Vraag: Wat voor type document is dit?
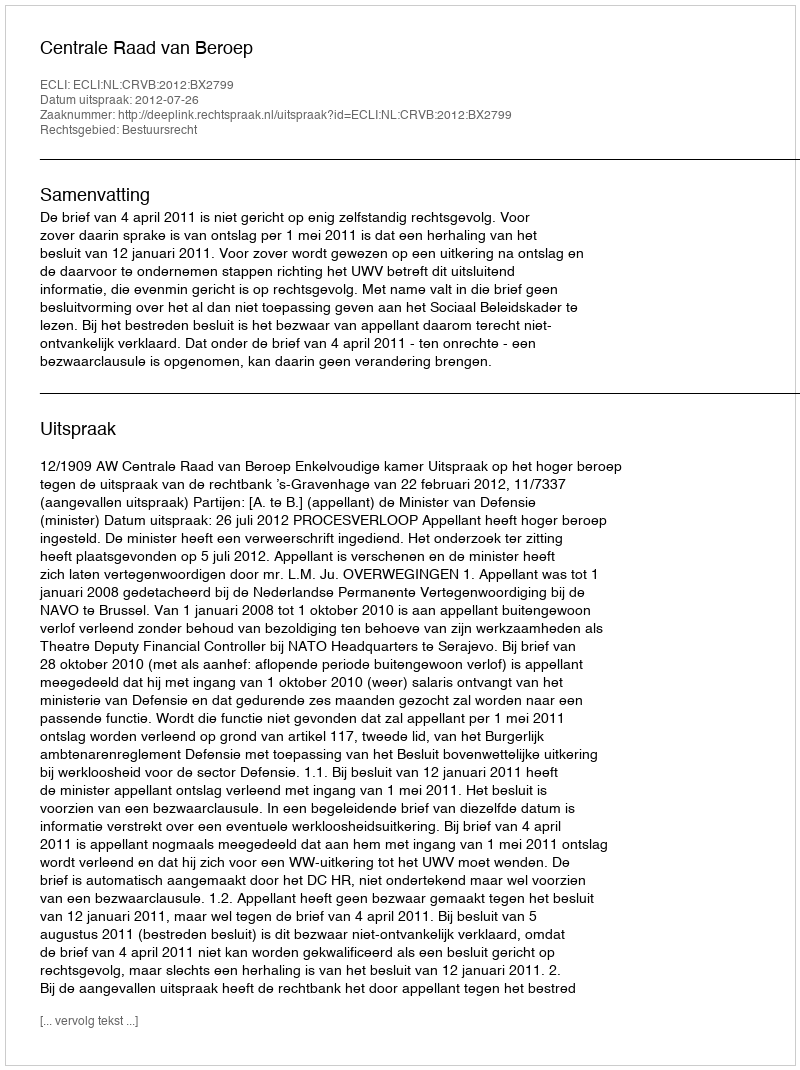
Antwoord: Uitspraak